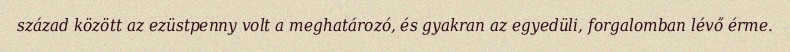
század között az ezüstpenny volt a meghatározó, és gyakran az egyedüli, forgalomban lévő érme.